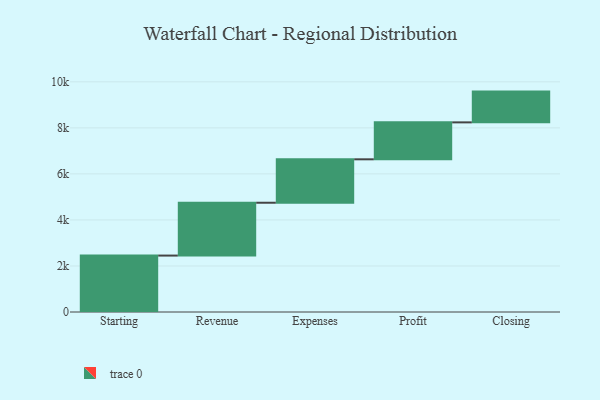
{"axis": {"x": "Step", "y": "Value"}, "legend": [""], "data": [{"x": "Starting", "y": 2452.0, "type": ""}, {"x": "Revenue", "y": 2295.0, "type": ""}, {"x": "Expenses", "y": 1887.0, "type": ""}, {"x": "Profit", "y": 1605.0, "type": ""}, {"x": "Closing", "y": 1337.0, "type": ""}]}